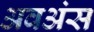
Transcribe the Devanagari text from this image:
अवअंस